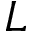
L